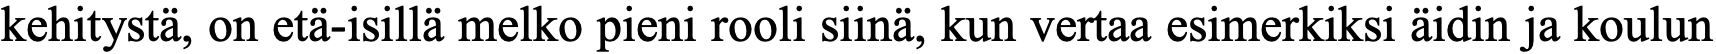
kehitystä, on etä-isillä melko pieni rooli siinä, kun vertaa esimerkiksi äidin ja koulun